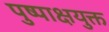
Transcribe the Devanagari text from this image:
पुष्पाक्षयुक्त